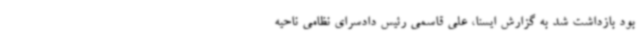
بود بازداشت شد به گزارش ایسنا، علی قاسمی رئیس دادسرای نظامی ناحیه